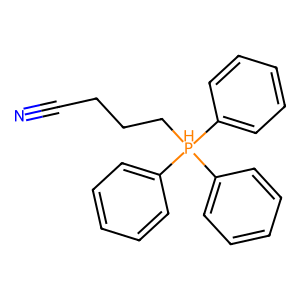
SMILES: N#CCCC[PH](c1ccccc1)(c1ccccc1)c1ccccc1
Inhibits HIV replication: No